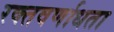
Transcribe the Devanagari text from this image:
रक्तवर्णाधता